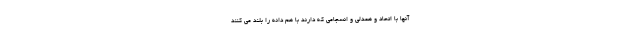
آنها با اتحاد و همدلی و انسجامی که دارند با هم دانه را بلند می کنند